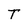
Character: T